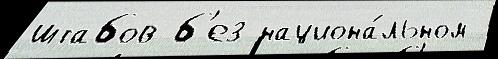
штабов б'ез национа́льном